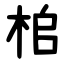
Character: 桘